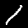
Label: 1